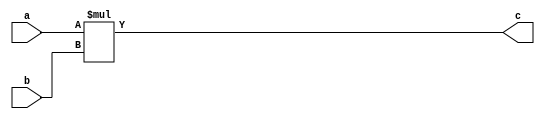
`timescale 1ns / 1ps

module Mult#(
    parameter BITWIDTH = 8
    )
    (
    input signed [BITWIDTH-1:0] a,
    input signed [BITWIDTH-1:0] b,
    output signed [BITWIDTH * 2 - 1:0] c
    );
    
    assign c = a * b;
    
endmodule